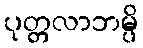
ပုတ္တလာဘမ္ပိ